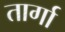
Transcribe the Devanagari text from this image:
तार्गा